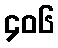
၄၀၆